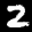
Label: 2